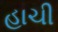
હાચી